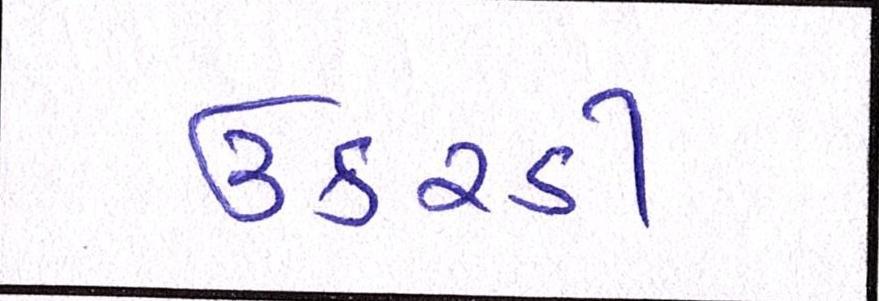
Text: ઉકરડી